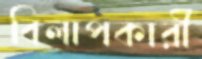
বিলাপকারী